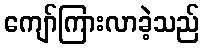
ကျော်ကြားလာခဲ့သည်